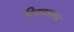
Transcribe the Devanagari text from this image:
पिनाकस्ताय